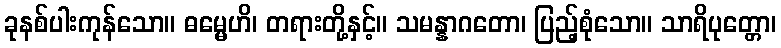
ခုနစ်ပါးကုန်သော။ ဓမ္မေဟိ၊ တရားတို့နှင့်။ သမန္နာဂတော၊ ပြည့်စုံသော။ သာရိပုတ္တော၊